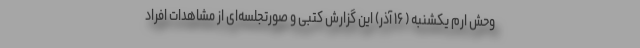
وحش ارم یکشنبه ( ۱۶ آذر) این گزارش کتبی و صورتجلسه‌ای از مشاهدات افراد